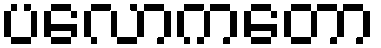
ပလောကတော